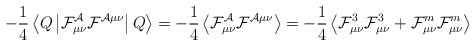
\begin{align*}-\frac{1}{4}\left\langle Q \left| \cal F^{\cal A}_{\mu \nu} \cal F^{\cal A \mu \nu} \right | Q \right\rangle = -\frac{1}{4} \left\langle \cal F^{\cal A}_{\mu \nu} \cal F^{\cal A \mu \nu} \right\rangle = -\frac{1}{4} \left\langle {\cal F}^3_{\mu \nu} {\cal F}^3_{\mu \nu} + {\cal F}^m_{\mu \nu} {\cal F}^m_{\mu \nu} \right\rangle \end{align*}